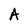
Character: A